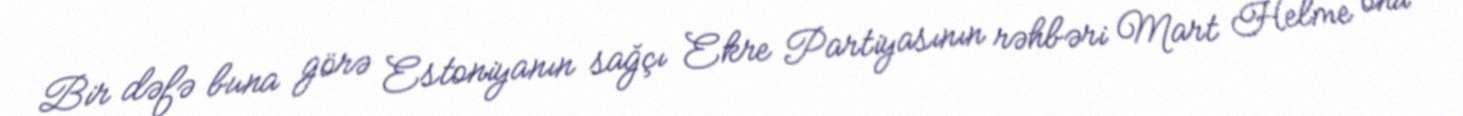
Bir dəfə buna görə Estoniyanın sağçı Ekre Partiyasının rəhbəri Mart Helme onu